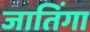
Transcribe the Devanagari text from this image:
जातिंगा